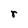
Character: r